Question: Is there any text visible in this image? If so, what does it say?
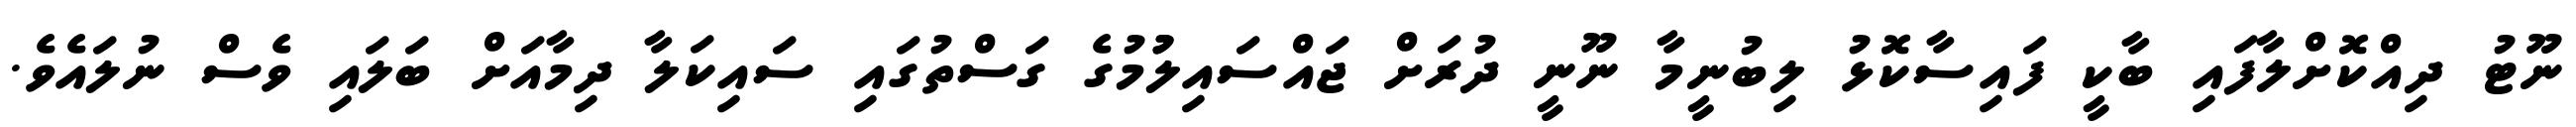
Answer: ނޫޓު ދިއްކޮށްލާފައި ބާކީ ފައިސާކޮޅު ލިބުނީމާ ނޫނީ ދުރަށް ޖައްސައިލުުމުގެ ގަސްތުގައި ސައިކަލާ ދިމާއަށް ބަލައި ވެސް ނުލައެވެ.